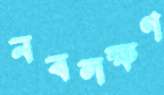
নবলক্ষণ